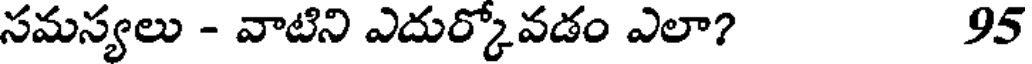
సమస్యలు - వాటిని ఎదుర్కోవడం ఎలా? 95